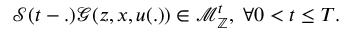
\mathcal { S } ( t - . ) \mathcal { G } ( z , x , u ( . ) ) \in \mathcal { M } _ { \mathbb { Z } } ^ { t } , \; \forall 0 < t \leq T .